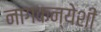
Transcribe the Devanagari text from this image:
नागकन्येशी